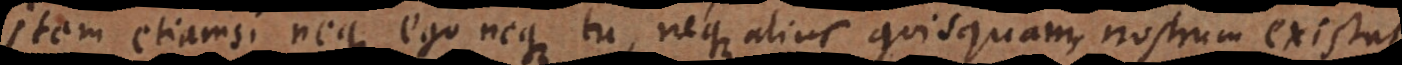
Item etiamsi neque ego neque tu, neque alius quisquam nostrum existat.